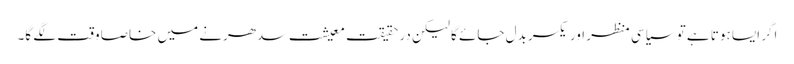
اگر ایسا ہوتا ہے تو سیاسی منظر اور یکسر بدل جائے گا لیکن درحقیقت معیشت سدھرنے میں خاصا وقت لگے گا۔